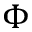
\Phi